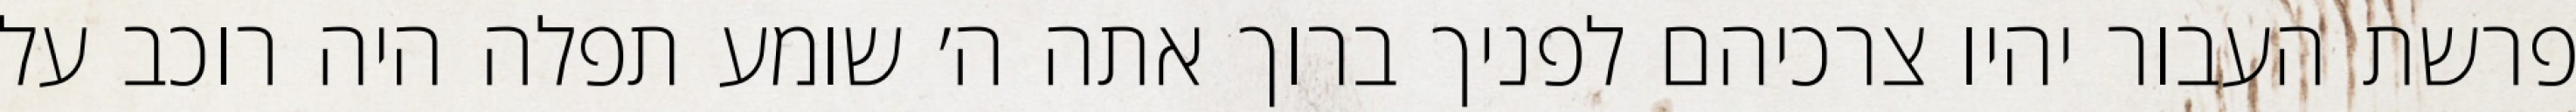
פרשת העבור יהיו צרכיהם לפניך ברוך אתה ה׳ שומע תפלה היה רוכב על